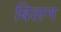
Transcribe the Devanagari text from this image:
बिलन